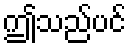
ဤသည်ပင်